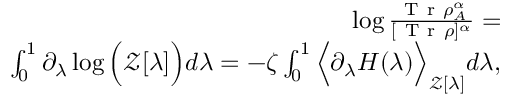
\begin{array} { r } { \log \frac { \mathrm { ~ T ~ r ~ } \rho _ { A } ^ { \alpha } } { [ \mathrm { ~ T ~ r ~ } \rho ] ^ { \alpha } } = } \\ { \int \displaylimits _ { 0 } ^ { 1 } \partial _ { \lambda } \log \Big ( \mathcal { Z } [ \lambda ] \Big ) d \lambda = - \zeta \int \displaylimits _ { 0 } ^ { 1 } \Big \langle \partial _ { \lambda } H ( \lambda ) \Big \rangle _ { \mathcal { Z } [ \lambda ] } d \lambda , } \end{array}